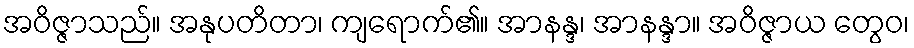
အဝိဇ္ဇာသည်။ အနုပတိတာ၊ ကျရောက်၏။ အာနန္ဒ၊ အာနန္ဒာ။ အဝိဇ္ဇာယ တွေဝ၊